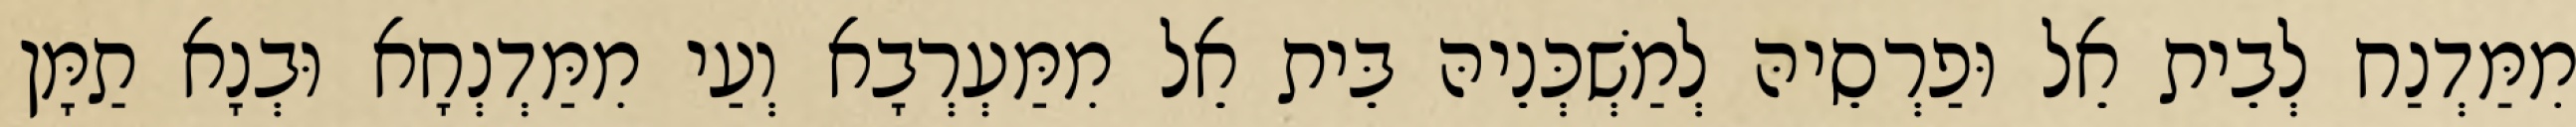
מִמַּדְנַח לְבֵית אֵל וּפַרְסֵיהּ לְמַשְׁכְּנֵיהּ בֵּית אֵל מִמַּעְרְבָא וְעַי מִמַּדְנְחָא וּבְנָא תַמָּן